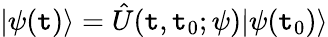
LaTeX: |\psi(\mathtt{t})\rangle=\hat{{U}}(\mathtt{t},\mathtt{t}_{0};\psi)|\psi(\mathtt{t}_{0})\rangle